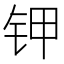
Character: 钾